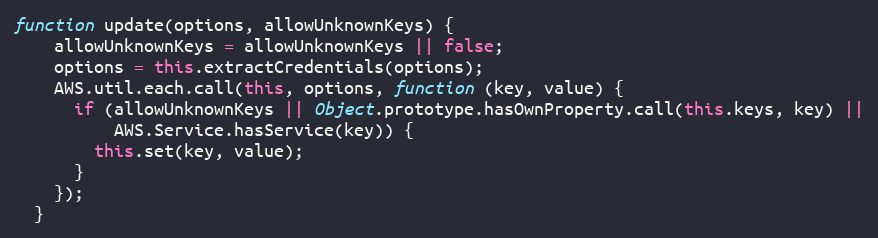
Language: JavaScript
function update(options, allowUnknownKeys) {
    allowUnknownKeys = allowUnknownKeys || false;
    options = this.extractCredentials(options);
    AWS.util.each.call(this, options, function (key, value) {
      if (allowUnknownKeys || Object.prototype.hasOwnProperty.call(this.keys, key) ||
          AWS.Service.hasService(key)) {
        this.set(key, value);
      }
    });
  }